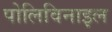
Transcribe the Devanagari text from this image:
पोलिविनाइल